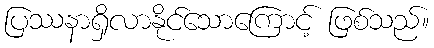
ပြဿနာရှိလာနိုင်သောကြောင့် ဖြစ်သည်။